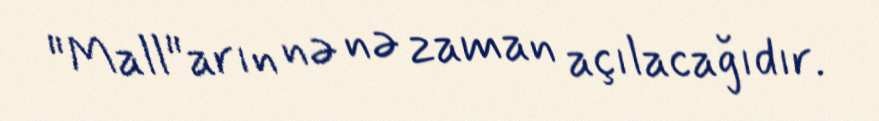
"Mall"arın nə nə zaman açılacağıdır.